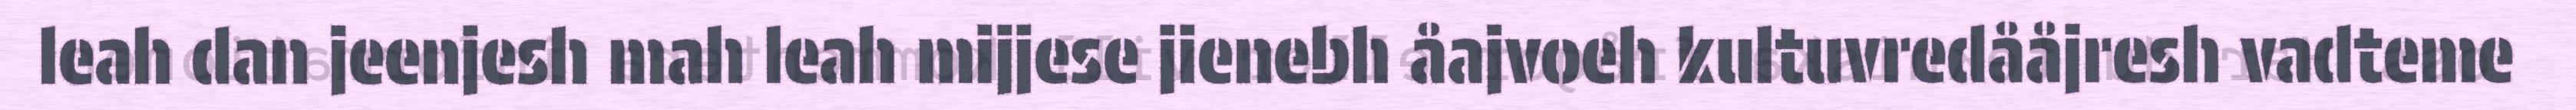
leah dan jeenjesh mah leah mijjese jienebh åajvoeh kultuvredååjresh vadteme